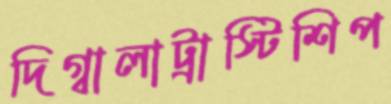
দিগ্বালাট্রাস্টিশিপ